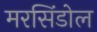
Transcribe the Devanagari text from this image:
मरसिंडोल